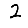
Digit: 2